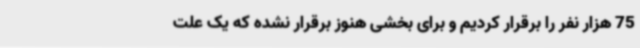
75 هزار نفر را برقرار کردیم و برای بخشی هنوز برقرار نشده که یک علت